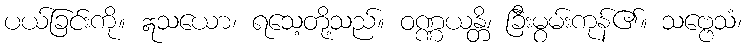
ပယ်ခြင်းကို။ ဣသယော၊ ရသေ့တို့သည်။ ဝဏ္ဏယန္တိ၊ ခြီးမွမ်းကုန်၏။ သဗ္ဗေသံ၊